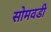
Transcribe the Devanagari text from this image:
सोमवडी